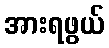
အားရဖွယ်